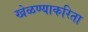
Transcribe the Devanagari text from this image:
खेळण्याकरिता